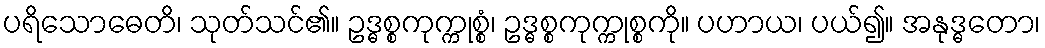
ပရိသောဓေတိ၊ သုတ်သင်၏။ ဥဒ္ဓစ္စကုက္ကုစ္စံ၊ ဥဒ္ဓစ္စကုက္ကုစ္စကို။ ပဟာယ၊ ပယ်၍။ အနုဒ္ဓတော၊